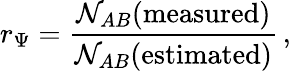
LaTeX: r_{\Psi}=\frac{{\cal N}_{AB}(\mathrm{measured})}{{\cal N}_{AB}(\mathrm{estimated})}\, ,